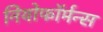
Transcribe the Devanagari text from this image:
नियोफॉर्मन्स